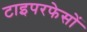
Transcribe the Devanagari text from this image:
टाइपरफेसों